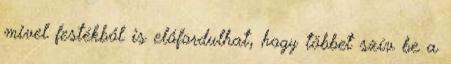
mivel festékből is előfordulhat, hogy többet szív be a